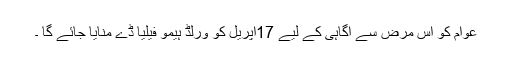
عوام کو اس مرض سے آگاہی کے لیے 17اپریل کو ورلڈ ہیمو فیلیا ڈے منایا جائے گا ۔